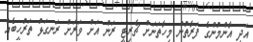
އަދި އާންމުންގެ ފަރާތުން މިހާތަނަށް ޗެރިޓީ ރަން އަށް ވަރަށް ރަނގަޅު ތަރުހީބެއް